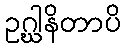
ဥဂ္ဃါနိတာပိ